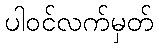
ပါဝင်လက်မှတ်